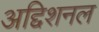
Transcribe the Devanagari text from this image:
अद्दिशनल